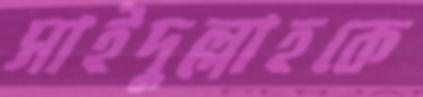
সাইদুল্লাহকে